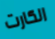
الكارت